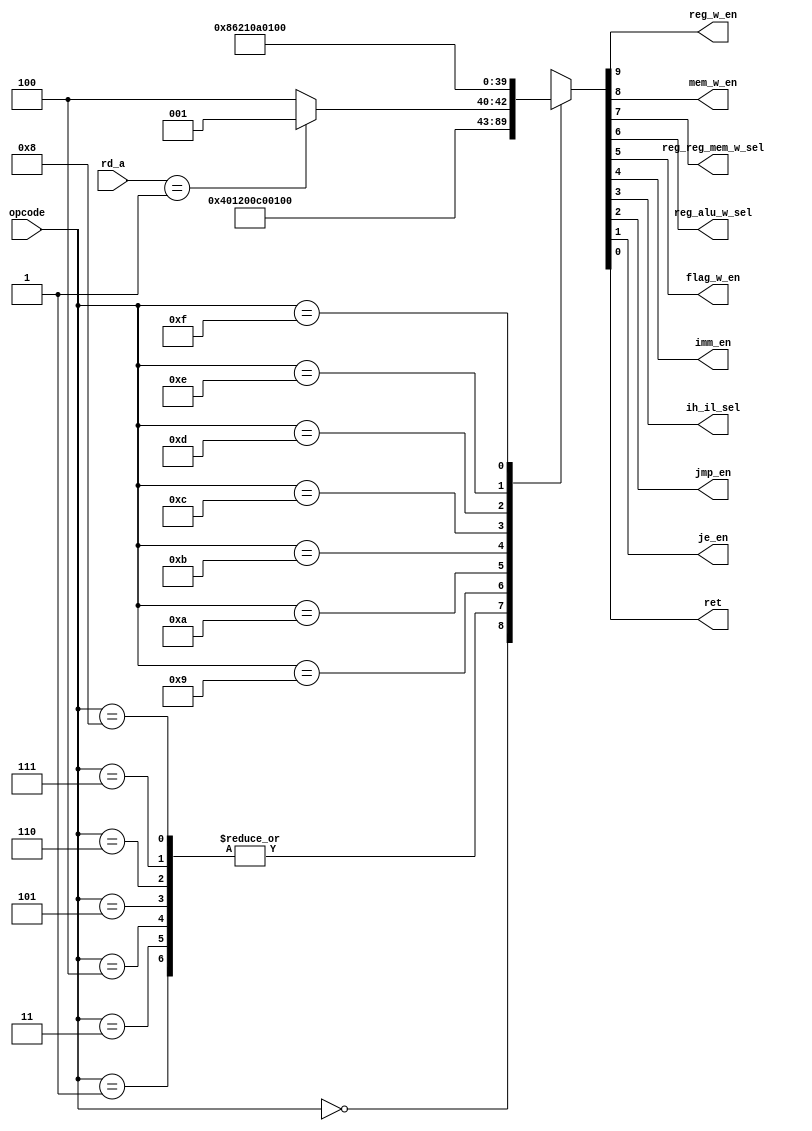
// Copyright 2021 cpu-dev
//
// Licensed under the Apache License, Version 2.0 (the "License");
// you may not use this file except in compliance with the License.
// You may obtain a copy of the License at
//
//      http://www.apache.org/licenses/LICENSE-2.0
//
// Unless required by applicable law or agreed to in writing, software
// distributed under the License is distributed on an "AS IS" BASIS,
// WITHOUT WARRANTIES OR CONDITIONS OF ANY KIND, either express or implied.
// See the License for the specific language governing permissions and
// limitations under the License.

module main_controller(opcode, rd_a, reg_w_en, mem_w_en, reg_reg_mem_w_sel, reg_alu_w_sel, flag_w_en, imm_en, ih_il_sel, jmp_en, je_en, ret);
    input [3:0] opcode;
    input [1:0] rd_a;
    output reg_w_en, mem_w_en;
    output reg_reg_mem_w_sel;
    output reg_alu_w_sel;
    output flag_w_en;
    output imm_en;
    output ih_il_sel;
    output jmp_en, je_en;
    output ret;

    assign {reg_w_en, mem_w_en, reg_reg_mem_w_sel, reg_alu_w_sel, flag_w_en, imm_en, ih_il_sel, jmp_en, je_en, ret} = main_control(opcode, rd_a);
    
    function [9:0] main_control(input [3:0] opcode, input [1:0] rd_a);
        begin
            case(opcode)
            4'b0000: main_control = 10'b1000000000;    //mov
            4'b0001: main_control = 10'b1001000000;    //add
            4'b0011: main_control = 10'b1001000000;    //and
            4'b0100: main_control = 10'b1001000000;    //or
            4'b0101: main_control = 10'b1001000000;    //not
            4'b0110: main_control = 10'b1001000000;    //sll
            4'b0111: main_control = 10'b1001000000;    //srl
            4'b1000: main_control = 10'b1001000000;    //sra
            4'b1001: main_control = 10'b0001100000;    //cmp
            4'b1010: main_control = 10'b0000000010;    //je
            4'b1011: begin
                case(rd_a)
                    2'b01:   main_control = 10'b0000000001; //iret
                    default: main_control = 10'b0000000100; //jmp
                endcase
            end
            4'b1100: main_control = 10'b1000011000;    //ldih
            4'b1101: main_control = 10'b1000010000;    //ldil
            4'b1110: main_control = 10'b1010000000;    //ld
            4'b1111: main_control = 10'b0100000000;    //st
            endcase
        end
    endfunction
endmodule